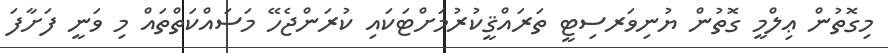
މިގޮތުން ޢިލްމީ ގޮތުން ޔުނިވަރސިޓީ ތަރައްޤީކުރުމަށްޓަކައި ކުރަންޖެހޭ މަސައްކަތްތައް މި ވަނީ ފަށާފަ